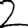
Digit: 2